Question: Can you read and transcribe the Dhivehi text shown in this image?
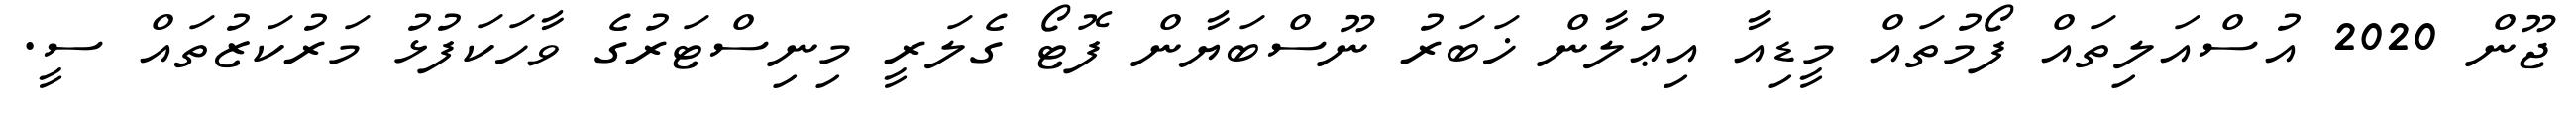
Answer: ޖޫން 2020 އުސްއަލިތައް ފޯމުތައް މީޑިއާ އިޢުލާން ޚަބަރު ނޫސްބަޔާން ފޮޓޯ ގެލަރީ މިނިސްޓަރުގެ ވާހަކަފުޅު މަރުކަޒުތައް ސީ.